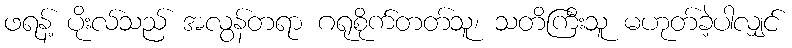
ဖရန့် ပိုးလ်သည် အလွန်တရာ ဂရုစိုက်တတ်သူ၊ သတိကြီးသူ မဟုတ်ခဲ့ပါလျှင်